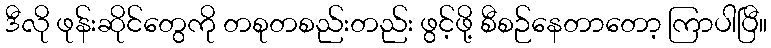
ဒီလို ဖုန်းဆိုင်တွေကို တစုတစည်းတည်း ဖွင့်ဖို့ စီစဉ်နေတာတော့ ကြာပါပြီ။